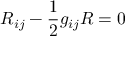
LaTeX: R _ { i j } - { \frac { 1 } { 2 } } g _ { i j } R = 0